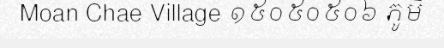
Moan Chae Village ១៥០៥០៥០៦ ភូមិ